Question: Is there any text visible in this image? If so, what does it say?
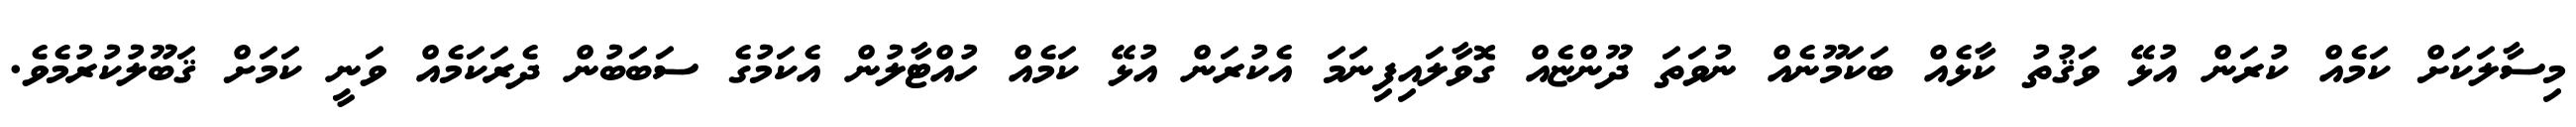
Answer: މިސާލަކަށް ކަމެއް ކުރަން އުޅޭ ވަޤުތު ކާޅެއް ބަކަމޫނެއް ނުވަތަ ދޫންޏެއް ގޮވާލައިފިނަމަ އެކުރަން އުޅޭ ކަމެއް ހުއްޓާލުން އެކަމުގެ ސަބަބުން ދެރަކަމެއް ވަނީ ކަމަށް ޤަބޫލުކުރުމެވެ.